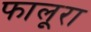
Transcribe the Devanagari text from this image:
फालूरा